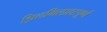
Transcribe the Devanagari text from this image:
झिलमिलाहटपूर्ण